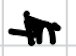
Text: in
Cross-out: wave
Writing tool: digital_black